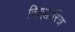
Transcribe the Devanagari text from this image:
विद्युद्धारित्र